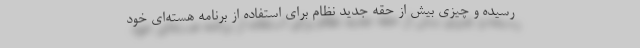
رسیده و چیزی بیش از حقه جدید نظام برای استفاده از برنامه هسته‌ای خود